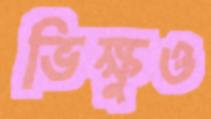
ভিক্ষুও